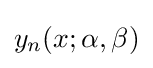
y_{n}(x;\alpha ,\beta )